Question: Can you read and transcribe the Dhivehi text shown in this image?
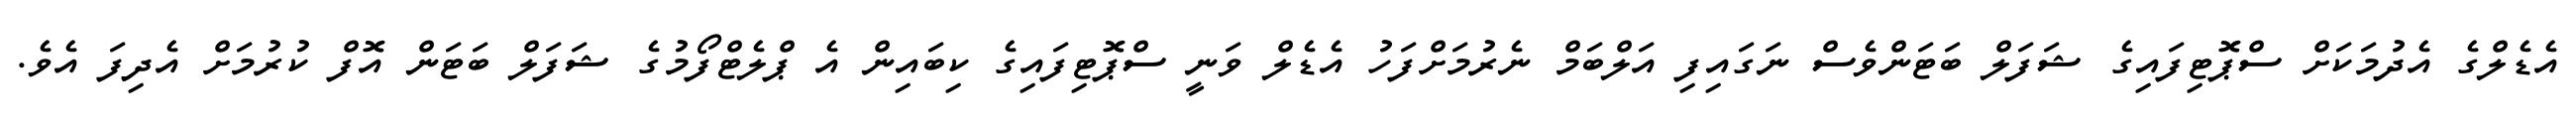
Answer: އެޑެލްގެ އެދުމަކަށް ސްޕޮޓިފައިގެ ޝަފަލް ބަޓަންވެސް ނަގައިފި އަލްބަމް ނެރުމަށްފަހު އެޑެލް ވަނީ ސްޕޮޓިފައިގެ ކިބައިން އެ ޕްލެޓްފޯމުގެ ޝަފަލް ބަޓަން އޮފް ކުރުމަށް އެދިފަ އެވެ.